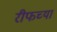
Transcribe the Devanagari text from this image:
रीफच्या